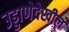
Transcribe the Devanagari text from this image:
उड्डाणेदेखील